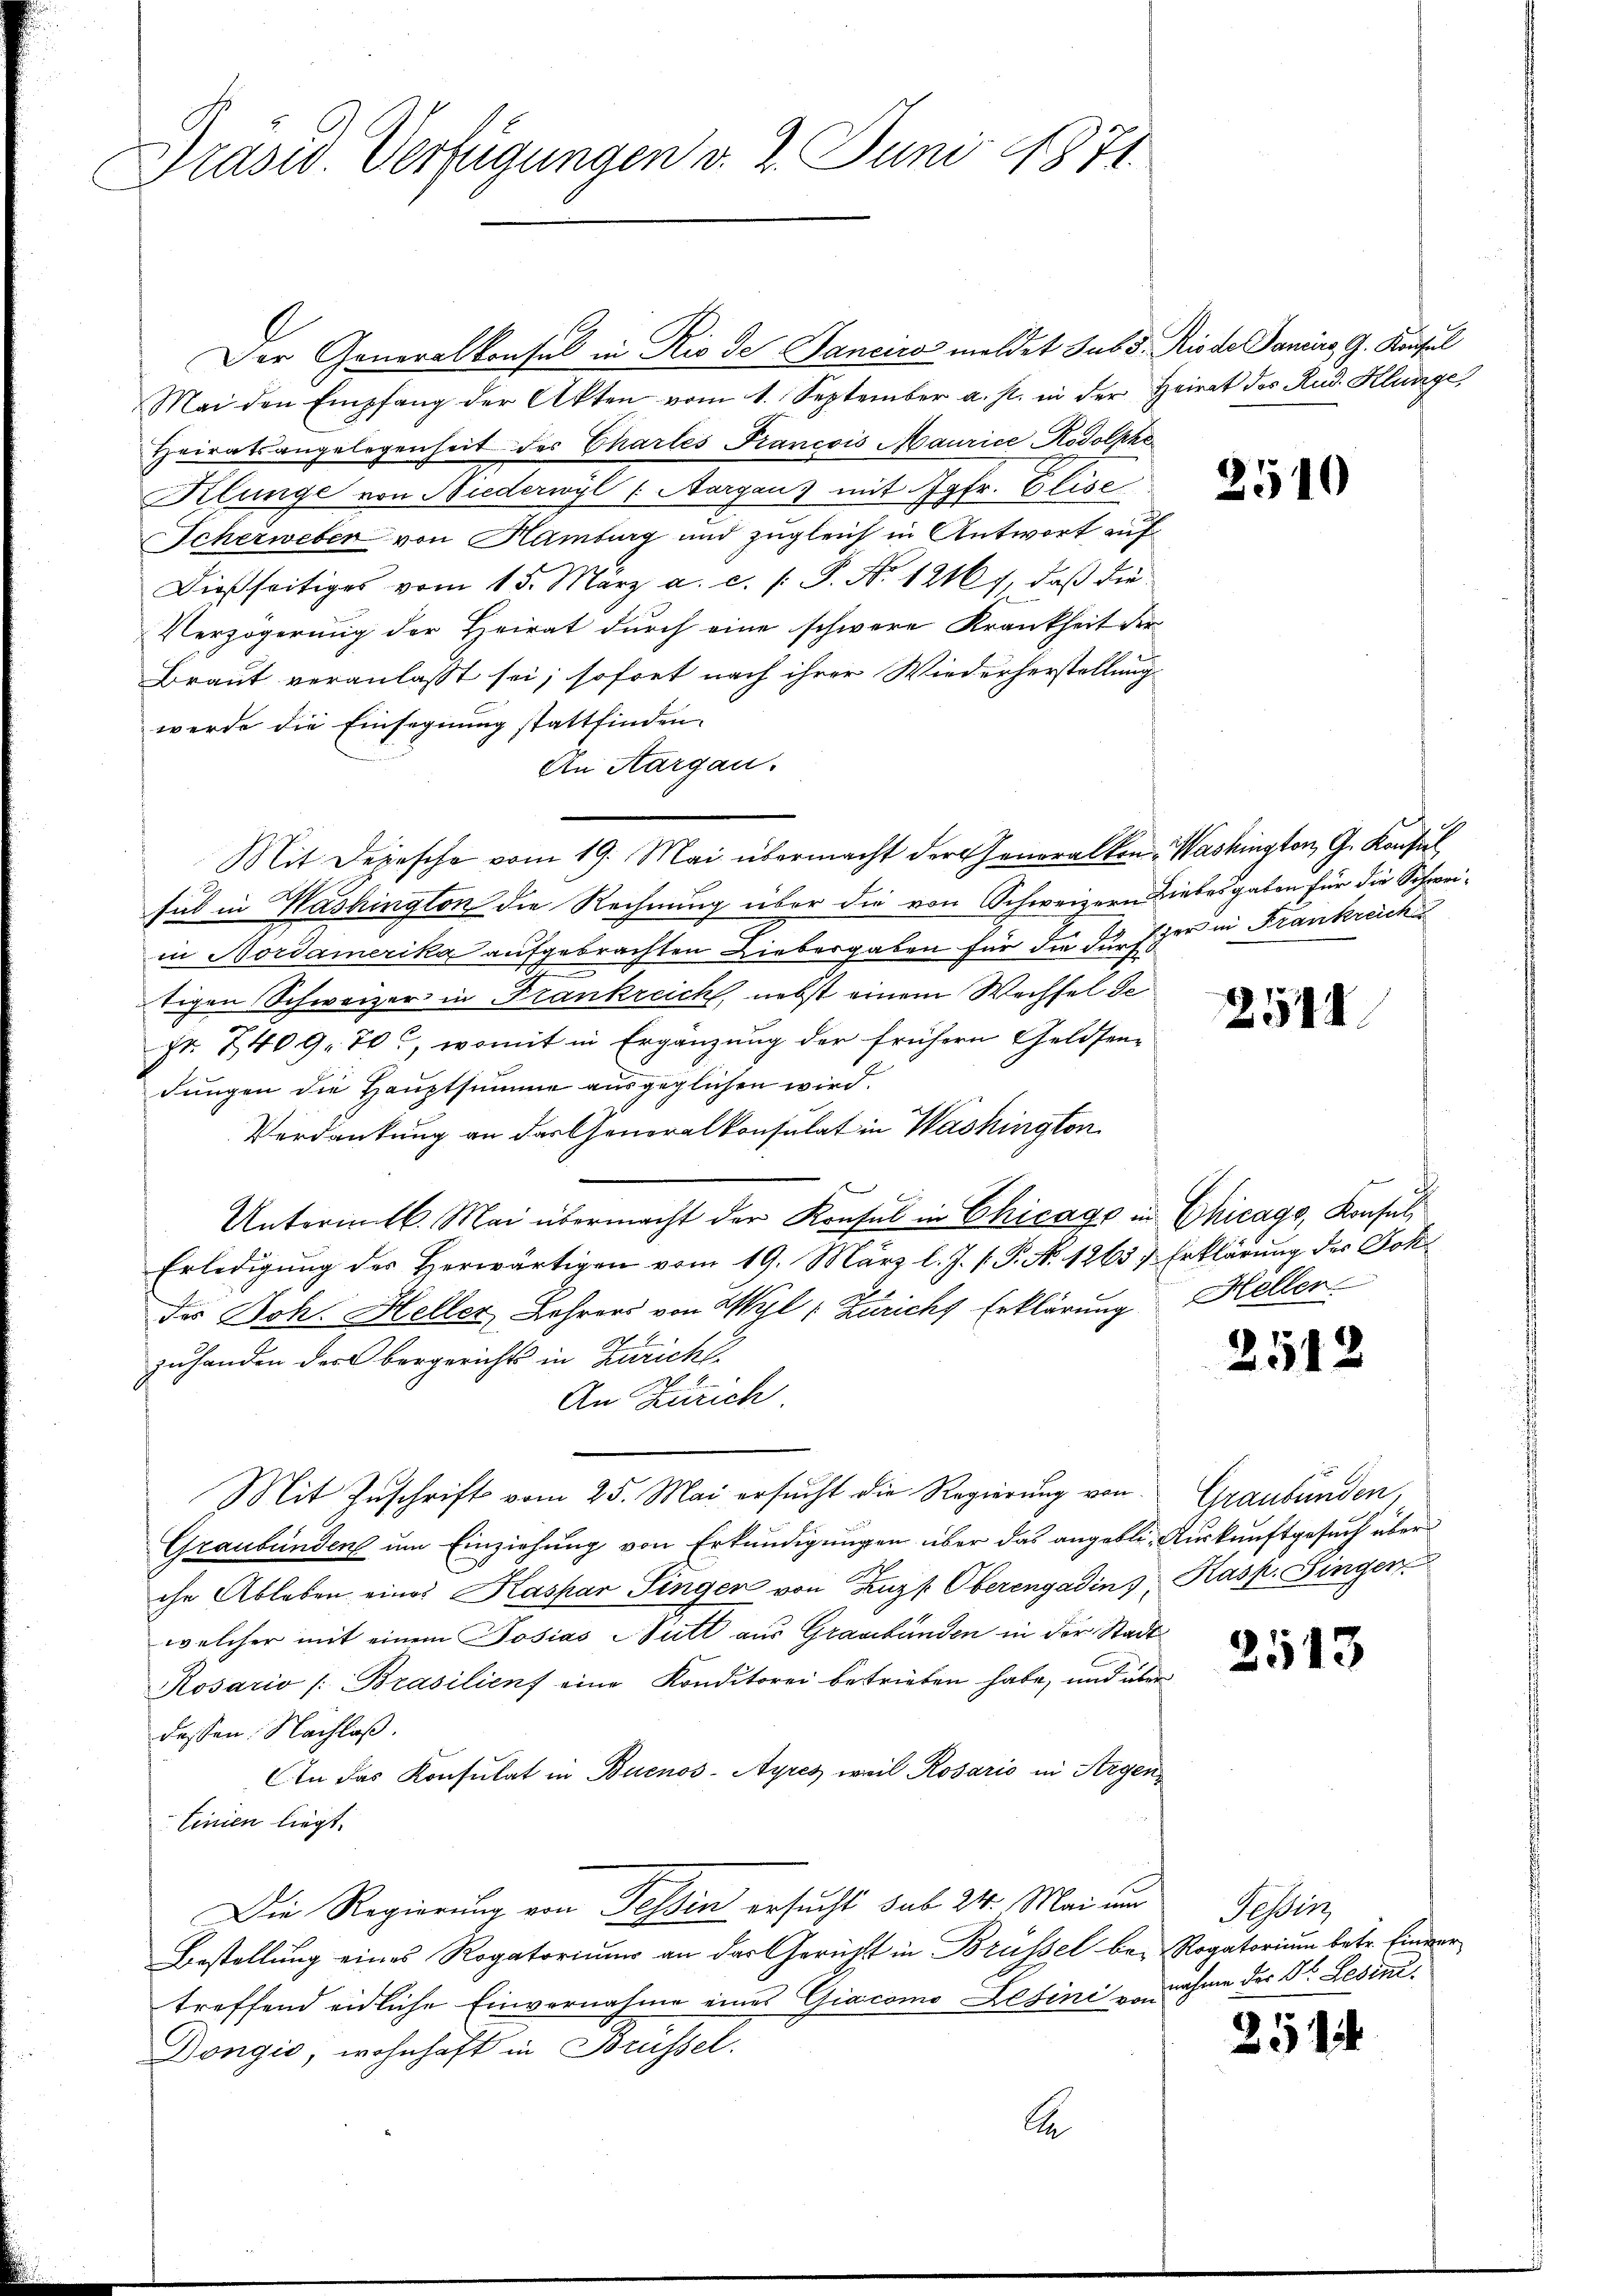
Präsid. Verfügungen v. 2. Juni 1871

Der Generalkonsul in Rio de Sanciro meldet sub 5. Rio de Paniers, G. Konsul
Mai den Empfang der Akten vom 1. September a. p. in der Heirat des Rud. Klange,
Heiratsangelegenheit des Chartes Francois Maurice Rodolphe
Klunge von Niederwyl (Aargau) mit Jgfr. Elise
Scherweber von Hamburg und zugleich in Antwort auf
Dießseitiges vom 15. März a. c. /: P. Nr. 1216), daβ die
Verzögerung der Heirat durch eine schwere Krankheit der
Braut veranlasst sei; sofort nach ihrer Wiederherstellung
werde die Einsegnung stattfinden.
An Aargau.
Mit Depesche vom 19. Mai übermacht der Generalkon- Washington, G. Konsul
sub in Washington die Rechnung über die von Schweizern Liebesgaben für die Schweiin Nordamerika aufgebrachten Liebergaben für die durfzer in Frankreich
tigen Schweizer in Frankreich, nebst einem Wechsel de
Nr. 2409. 70, womit in Ergänzung der frühern Geldsendungen die Hauptsumme ausgeglichen wird.
Verdankung an das Generalkonsulat in Washington
Untermitl. Mai übermacht der Konsul in Chicago in Chicago, Konsul
Erledigung des Herwärtigen vom 19. März l. J. P. N. 1263 & Erklärung des Dokdes Joh. Heller Lehrers von Wyl /: Züricht Erklärung Heller
zuhanden der bergerichts in Züricht
An Zürich
Mit Zuschrift vom 25. Mai ersucht die Regierung von
Graubünden um Einziehung von Erkundigungen über das angeblie Auskunftgesuch über
che Ableben eines Kaspar Singen von Luzk Oberengadin, Kasp. Fingen
welcher mit einem Josias Sitt aus Graubünden in der Stadt
Rosario /: Brasilienf eine Konditorei betrieben habe, und über
dessen Nachlaß.
An das Konsulat in Buenos-Ayres weil Rosario in Argen¬
Linien liegt.
Die Regierung von Tessin ersucht sub 24. Mai um
Bestellung eines Rogatoriums an das Gericht in Brüssel be- Rogatorium betr. Einvertreffend eidliche Einvernahme eines Giacomo Letini von nahme der Dr. Lesind.
Dongić, wohnhaft in Brüssel.
A

2510

2544.

254

Graubünden,

3513

Tessin,

2514